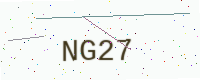
Text: NG27